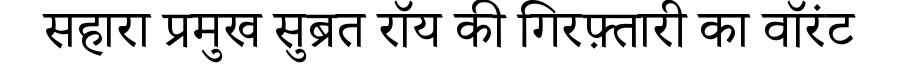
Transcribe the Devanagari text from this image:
सहारा प्रमुख सुब्रत रॉय की गिरफ़्तारी का वॉरंट